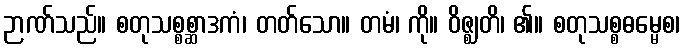
ဉာဏ်သည်။ စတုသစ္စစ္ဆာဒကံ၊ တတ်သော။ တမံ၊ ကို။ ဝိဇ္ဈတိ၊ ၏။ စတုသစ္စဓမ္မေစ၊